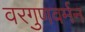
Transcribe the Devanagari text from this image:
वरगुणवर्मन